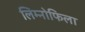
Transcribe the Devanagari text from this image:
लिम्नोफिला